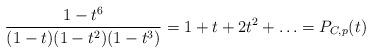
LaTeX: \begin{align*} \frac{1-t^6}{(1-t)(1-t^2)(1-t^3)} = 1+t+2t^2+\ldots = P_{C,p}(t) \end{align*}